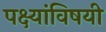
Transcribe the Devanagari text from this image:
पक्ष्यांविषयी